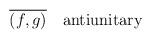
LaTeX: \begin{align*}\overline{(f,g)}\quad \hbox{antiunitary}\end{align*}